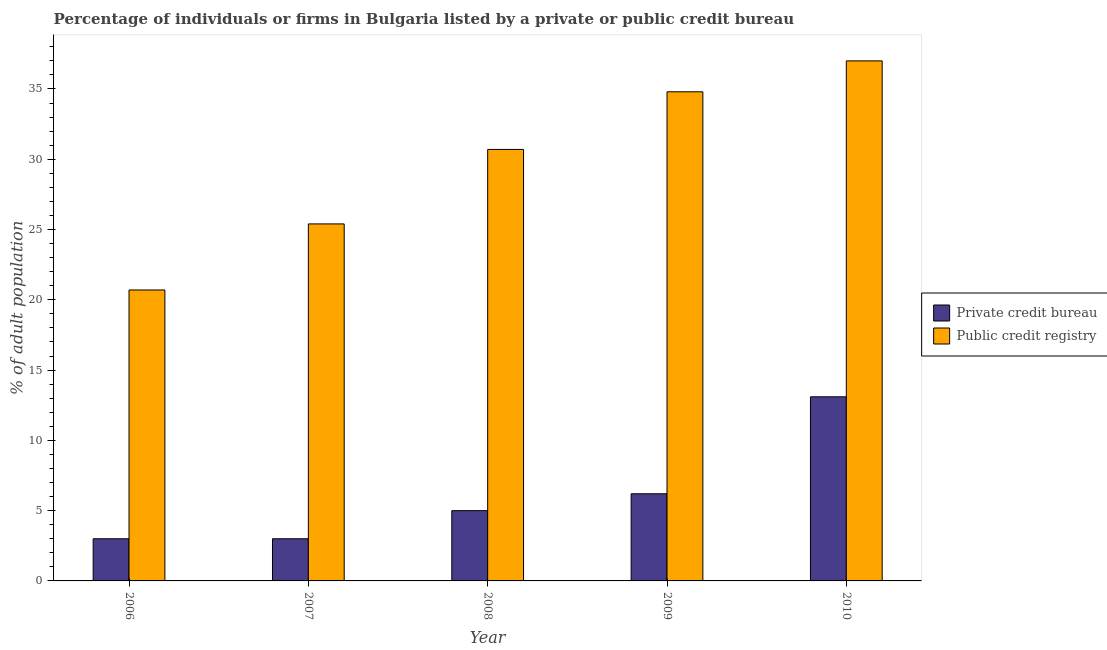
| Year | Private credit bureau | Public credit registry |
 | --- | --- | --- |
 | 2006 | 3 | 20.7 |
 | 2007 | 3 | 25.4 |
 | 2008 | 5 | 30.7 |
 | 2009 | 6.2 | 34.8 |
 | 2010 | 13.1 | 37 |